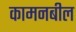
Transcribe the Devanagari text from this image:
कामनबील